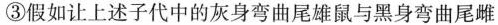
③假如让上述子代中的灰身弯曲尾雄鼠与黑身弯曲尾雌